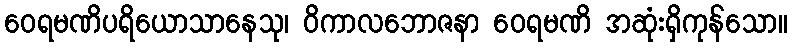
ဝေရမဏိပရိယောသာနေသု၊ ဝိကာလဘောဇနာ ဝေရမဏိ အဆုံးရှိကုန်သော။